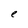
Character: e